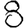
Digit: 8